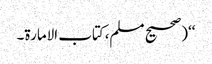
‘‘(صحیح مسلم،کتاب الامارة۔